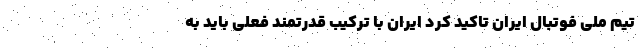
تیم ملی فوتبال ایران تاکید کرد ایران با ترکیب قدرتمند فعلی باید به